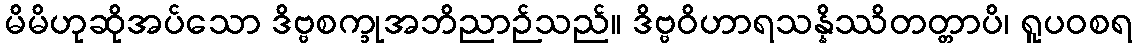
မိမိဟုဆိုအပ်သော ဒိဗ္ဗစက္ခုအဘိညာဉ်သည်။ ဒိဗ္ဗဝိဟာရသန္နိဿိတတ္တာပိ၊ ရူပဝစရ